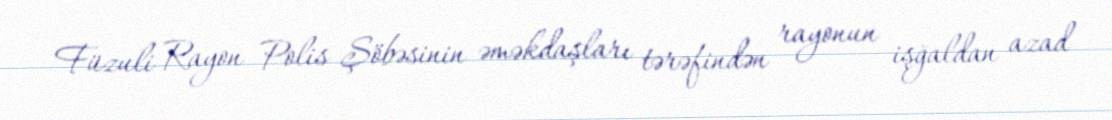
Füzuli Rayon Polis Şöbəsinin əməkdaşları tərəfindən rayonun işğaldan azad